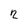
Character: 2